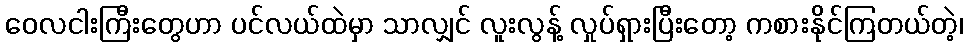
ဝေလငါးကြီးတွေဟာ ပင်လယ်ထဲမှာ သာလျှင် လူးလွန့် လှုပ်ရှားပြီးတော့ ကစားနိုင်ကြတယ်တဲ့၊